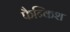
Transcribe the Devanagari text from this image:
फैन्किश